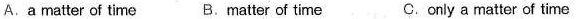
A.a matter of time B.Matter of time C.only a matter of time